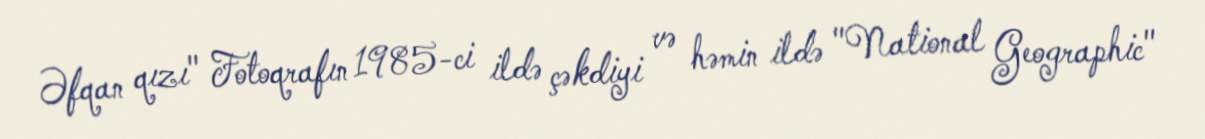
Əfqan qızı" Fotoqrafın 1985-ci ildə çəkdiyi və həmin ildə "National Geographic"